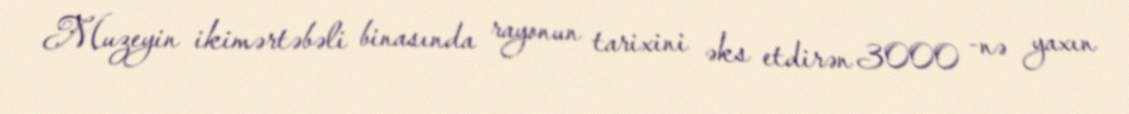
Muzeyin ikimərtəbəli binasında rayonun tarixini əks etdirən 3000 -nə yaxın